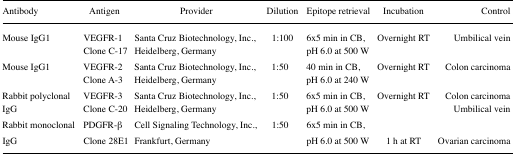
| Antibody | Antigen | Provider | Dilution | Epitope retrieval | Incubation | Control |
 | --- | --- | --- | --- | --- | --- | --- |
 | Mouse IgG1 | VEGFR-1Clone C-17 | Santa Cruz Biotechnology, Inc., Heidelberg, Germany | 1:100 | 6×5 min in CB, pH 6.0 at 500 W | Overnight RT | Umbilical vein |
 | Mouse IgG1 | VEGFR-2Clone A-3 | Santa Cruz Biotechnology, Inc., Heidelberg, Germany | 1:50 | 40 min in CB, pH 6.0 at 240 W | Overnight RT | Colon carcinoma |
 | Rabbit polyclonal IgG | VEGFR-3Clone C-20 | Santa Cruz Biotechnology, Inc., Heidelberg, Germany | 1:50 | 6×5 min in CB, pH 6.0 at 500 W | Overnight RT | Colon carcinomaUmbilical vein |
 | Rabbit monoclonal IgG | PDGFR-β Clone 28E1 | Cell Signaling Technology, Inc., Frankfurt, Germany | 1:50 | 6×5 min in CB, pH 6.0 at 500 W | 1 h at RT | Ovarian carcinoma |